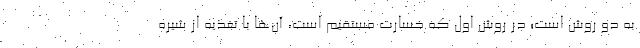
به دو روش است؛ در روش اول که خسارت مستقیم است، آن‌ها با تغذیه از شیره